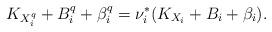
LaTeX: \begin{align*} K_{X^q_{i}}+B^q_{i}+\beta^q_{i}=\nu_{i}^*(K_{X_{i}}+B_{i}+\beta_{i}). \end{align*}